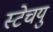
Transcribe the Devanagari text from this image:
स्टेचयु